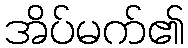
အိပ်မက်၏